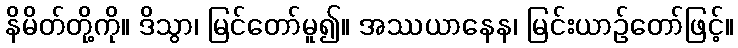
နိမိတ်တို့ကို။ ဒိသွာ၊ မြင်တော်မူ၍။ အဿယာနေန၊ မြင်းယာဉ်တော်ဖြင့်။